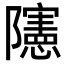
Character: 䧮